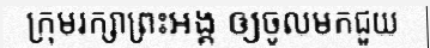
ក្រុមរក្សាព្រះអង្គ ឲ្យចូលមកជួយ